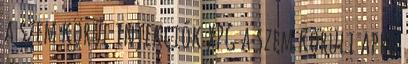
a szem körül injekciók XPG a szem körüli apró